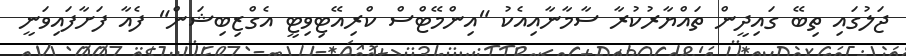
ޖަލުގައި ތިބޭ ގައިދީން ތައްޔާރުކުރާ ސާމާނާއިއެކު "އިންމޭޓްސް ކްރިއޭޓިވިޓީ އެގްޒިބިޝަން" ފެއާ ފަށާފައިވަނީ